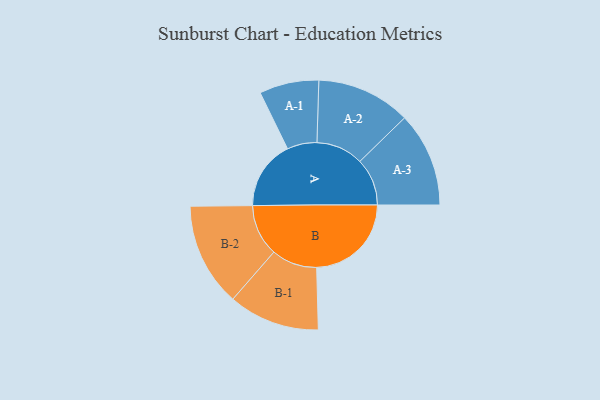
{"axis": {"x": "Segment", "y": "Value"}, "legend": ["", "A", "B"], "data": [{"x": "A", "y": 283, "type": ""}, {"x": "B", "y": 388, "type": ""}, {"x": "A-1", "y": 122, "type": "A"}, {"x": "A-2", "y": 193, "type": "A"}, {"x": "A-3", "y": 194, "type": "A"}, {"x": "B-1", "y": 187, "type": "B"}, {"x": "B-2", "y": 212, "type": "B"}]}